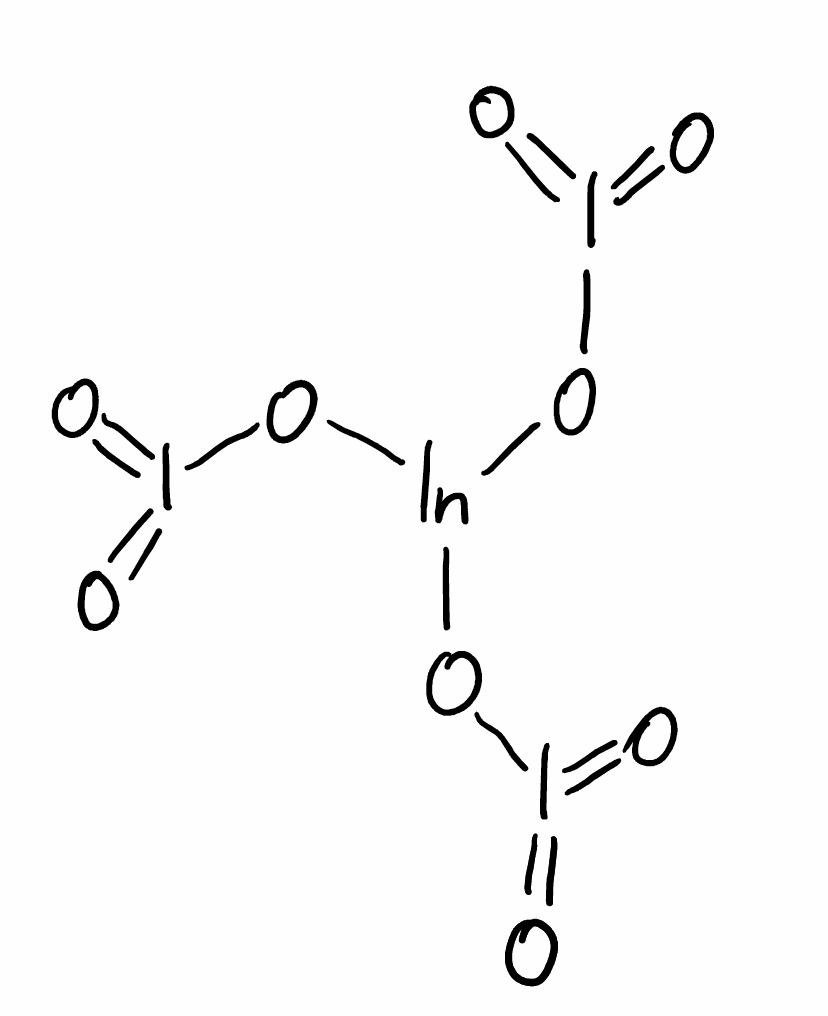
Simplified molecular-input line-entry system (SMILES) notation of the given molecule:
O=I(=O)O[In](OI(=O)=O)OI(=O)=O